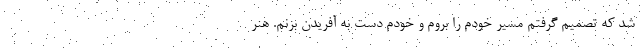
شد که تصمیم گرفتم مسیر خودم را بروم و خودم دست به آفریدن بزنم. هنر